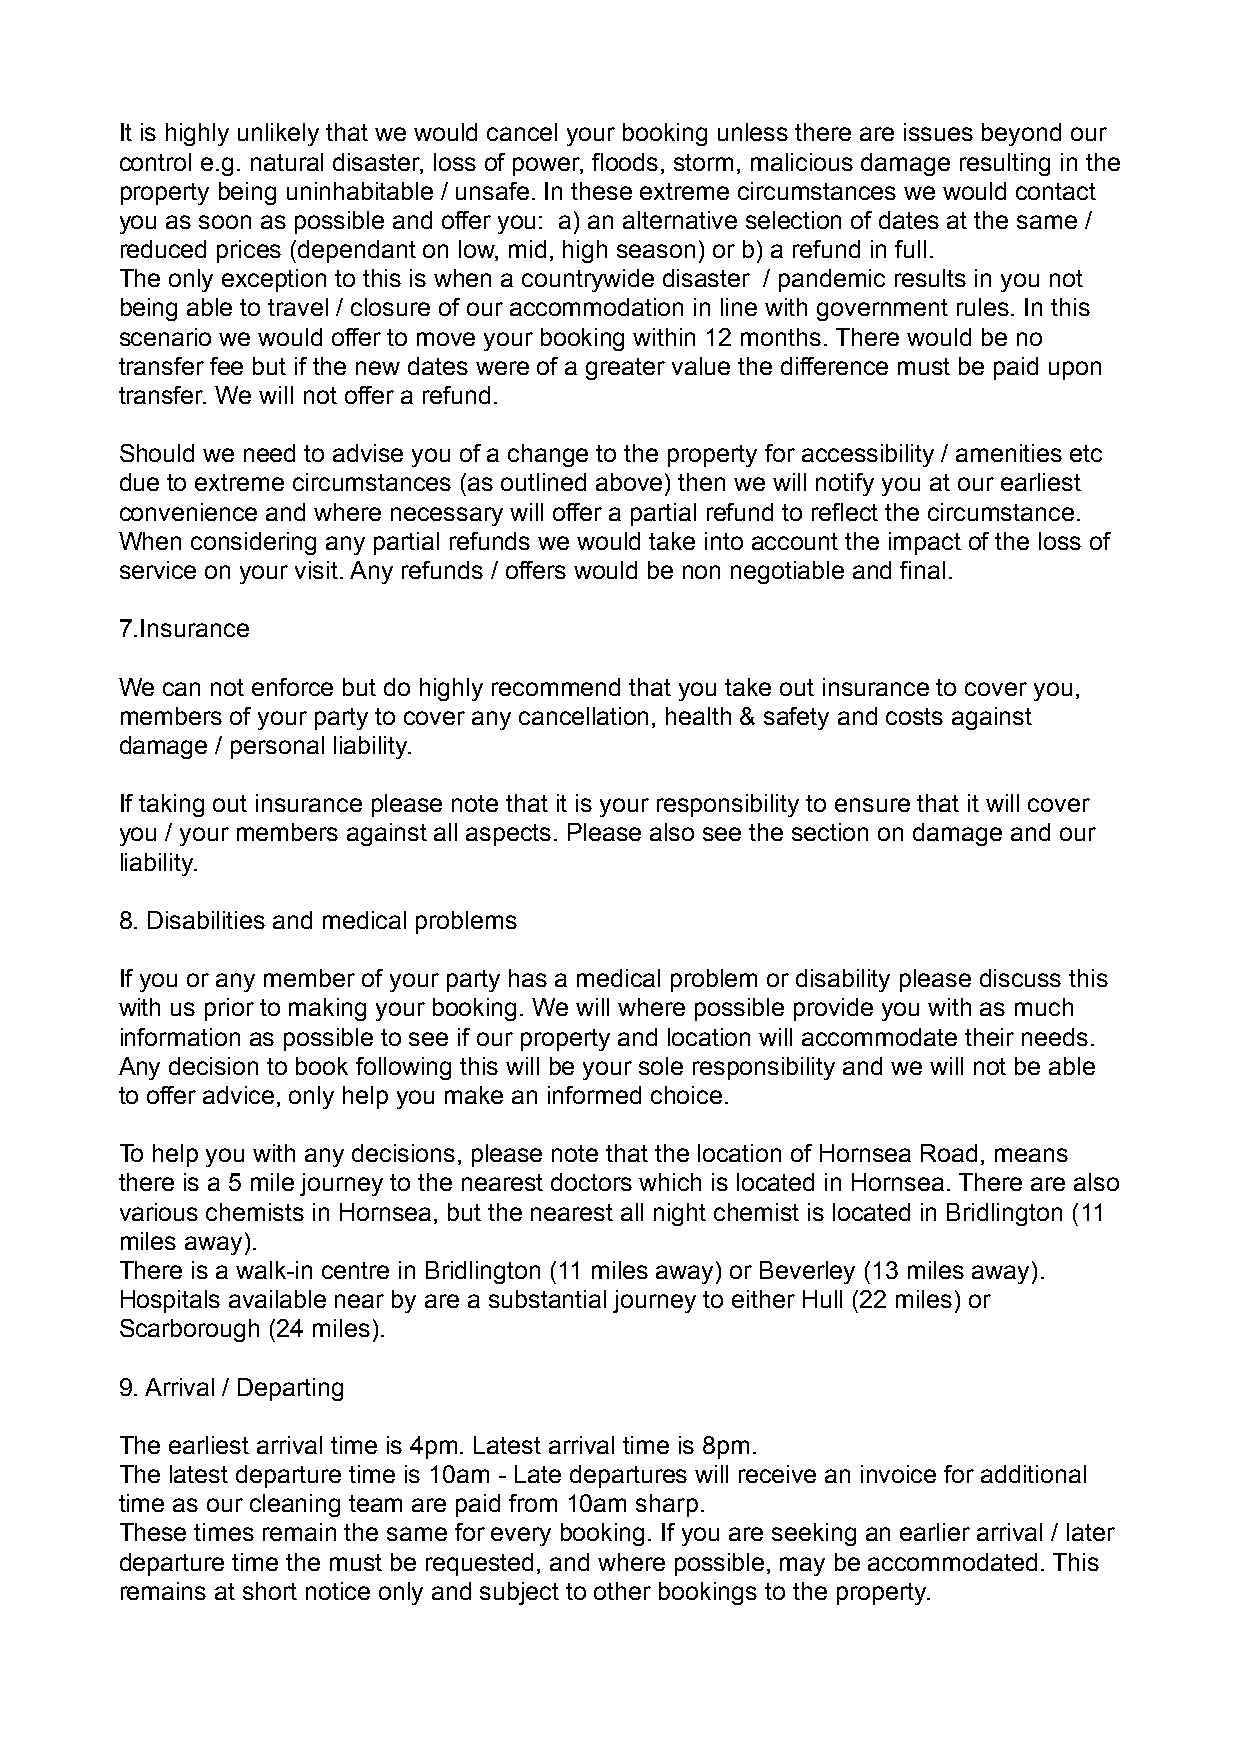
It is highly unlikely that we would cancel your booking unless there are issues beyond our
 control e.g. natural disaster, loss of power, floods, storm, malicious damage resulting in the
 property being uninhabitable / unsafe. In these extreme circumstances we would contact
 you as soon as possible and offer you: a) an alternative selection of dates at the same /
 reduced prices (dependant on low, mid, high season) or b) a refund in full.
 The only exception to this is when a countrywide disaster / pandemic results in you not
 being able to travel / closure of our accommodation in line with government rules. In this
 scenario we would offer to move your booking within 12 months. There would be no
 transfer fee but if the new dates were of a greater value the difference must be paid upon
 transfer. We will not offer a refund.
 Should we need to advise you of a change to the property for accessibility / amenities etc
 due to extreme circumstances (as outlined above) then we will notify you at our earliest
 convenience and where necessary will offer a partial refund to reflect the circumstance.
 When considering any partial refunds we would take into account the impact of the loss of
 service on your visit. Any refunds / offers would be non negotiable and final.
 7.Insurance
 We can not enforce but do highly recommend that you take out insurance to cover you,
 members of your party to cover any cancellation, health & safety and costs against
 damage / personal liability.
 If taking out insurance please note that it is your responsibility to ensure that it will cover
 you / your members against all aspects. Please also see the section on damage and our
 liability.
 8. Disabilities and medical problems
 If you or any member of your party has a medical problem or disability please discuss this
 with us prior to making your booking. We will where possible provide you with as much
 information as possible to see if our property and location will accommodate their needs.
 Any decision to book following this will be your sole responsibility and we will not be able
 to offer advice, only help you make an informed choice.
 To help you with any decisions, please note that the location of Hornsea Road, means
 there is a 5 mile journey to the nearest doctors which is located in Hornsea. There are also
 various chemists in Hornsea, but the nearest all night chemist is located in Bridlington (11
 miles away).
 There is a walk-in centre in Bridlington (11 miles away) or Beverley (13 miles away).
 Hospitals available near by are a substantial journey to either Hull (22 miles) or
 Scarborough (24 miles).
 9. Arrival / Departing
 The earliest arrival time is 4pm. Latest arrival time is 8pm.
 The latest departure time is 10am - Late departures will receive an invoice for additional
 time as our cleaning team are paid from 10am sharp.
 These times remain the same for every booking. If you are seeking an earlier arrival / later
 departure time the must be requested, and where possible, may be accommodated. This
 remains at short notice only and subject to other bookings to the property.